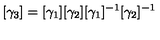
[ \gamma _ { 3 } ] = [ \gamma _ { 1 } ] [ \gamma _ { 2 } ] [ \gamma _ { 1 } ] ^ { - 1 } [ \gamma _ { 2 } ] ^ { - 1 }